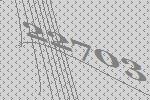
22703